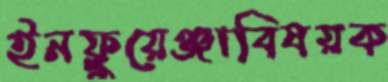
ইনফ্লুয়েঞ্জাবিষয়ক